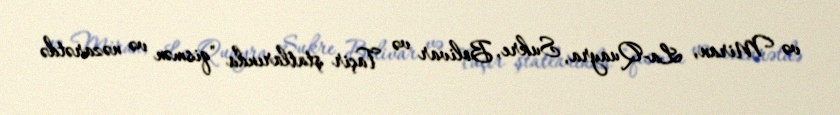
və Miran, La-Quayra, Sukre, Bolivar və Taçir ştatlarında "qismən və nəzarətdə